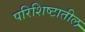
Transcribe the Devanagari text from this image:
परिशिष्टातील